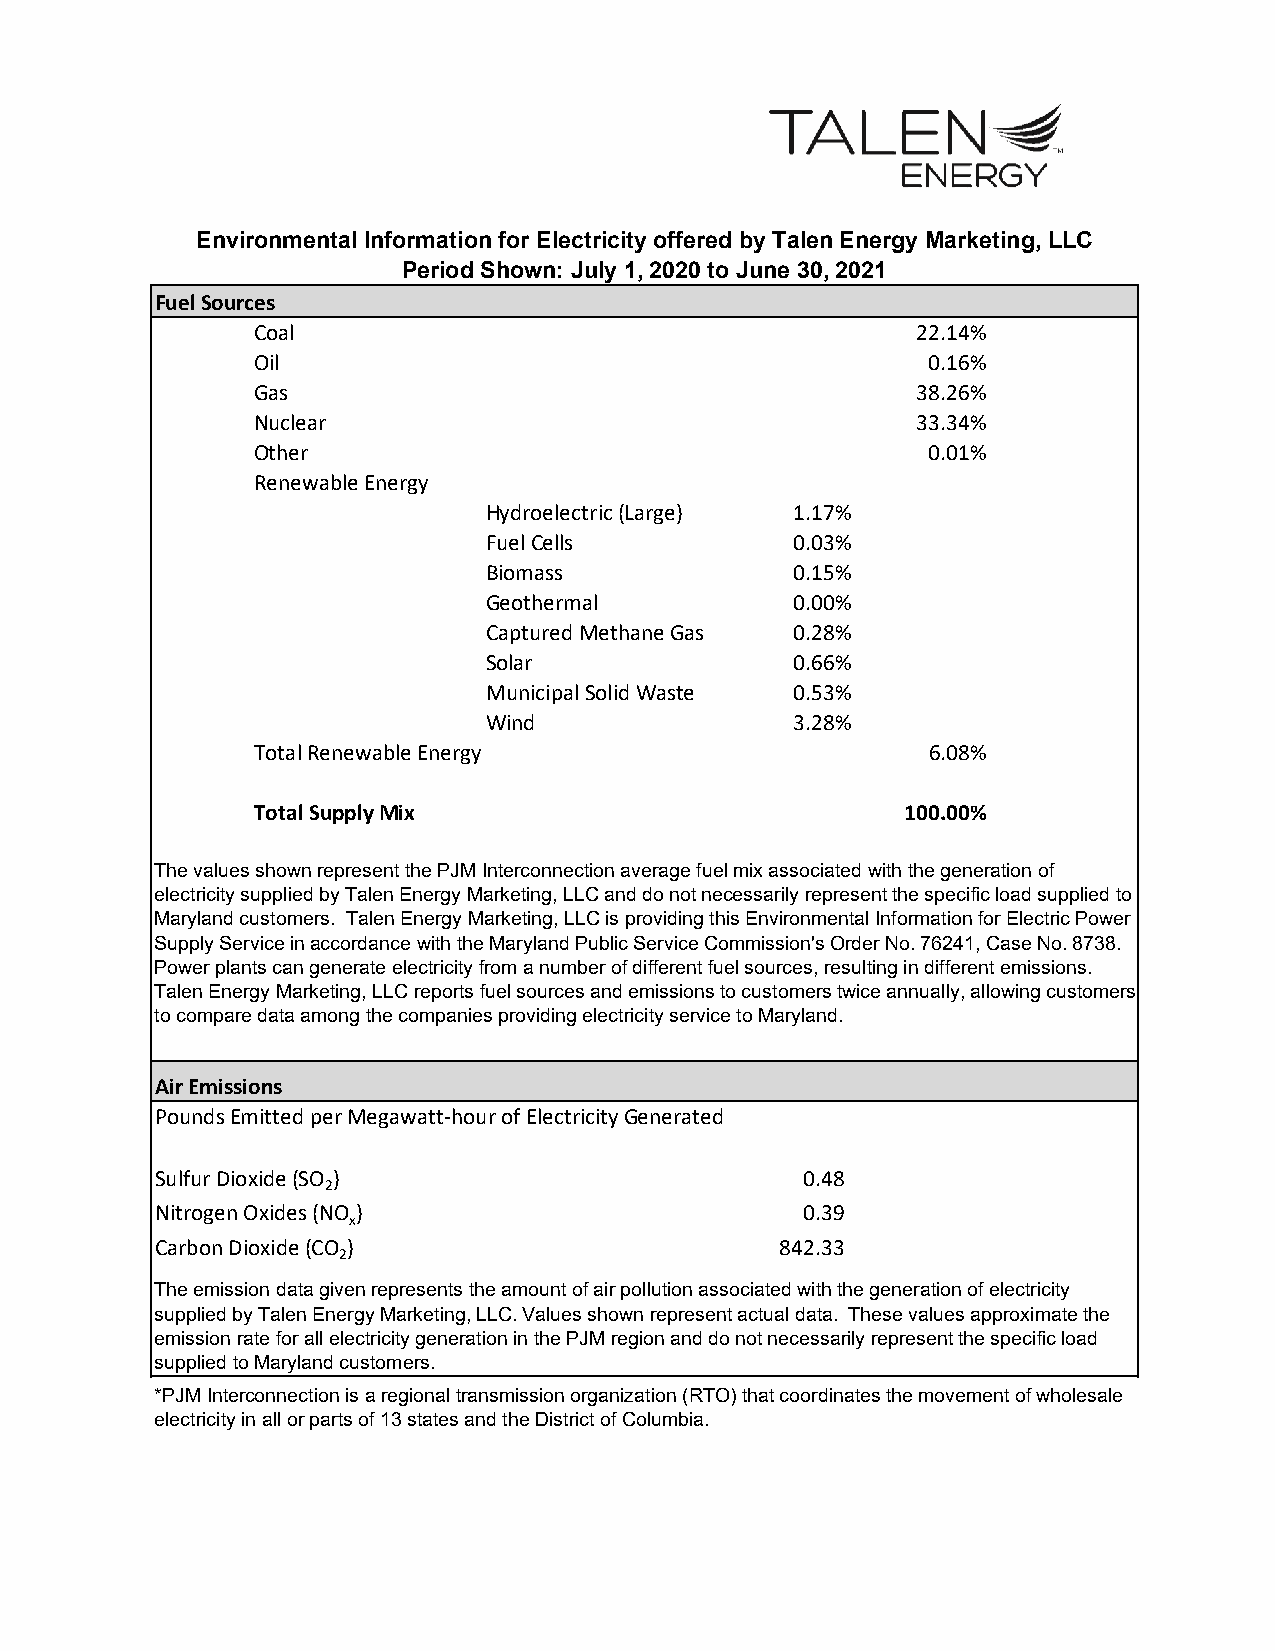
Environmental Information for Electricity offered by Talen Energy Marketing, LLC
 Period Shown: July 1, 2020 to June 30, 2021
 Fuel Sources
 Coal                                        22.14%
 Oil                                          0.16%
 Gas                                         38.26%
 Nuclear                                     33.34%
 Other                                        0.01%
 Renewable Energy
 Hydroelectric (Large) 1.17%
 Fuel Cells           0.03%
 Biomass              0.15%
 Geothermal           0.00%
 Captured Methane Gas 0.28%
 Solar                0.66%
 Municipal Solid Waste 0.53%
 Wind                 3.28%
 Total Renewable Energy                       6.08%
 Total Supply Mix                           100.00%
 The values shown represent the PJM Interconnection average fuel mix associated with the generation of
 electricity supplied by Talen Energy Marketing, LLC and do not necessarily represent the specific load supplied to
 Maryland customers. Talen Energy Marketing, LLC is providing this Environmental Information for Electric Power
 Supply Service in accordance with the Maryland Public Service Commission's Order No. 76241, Case No. 8738.
 Power plants can generate electricity from a number of different fuel sources, resulting in different emissions.
 Talen Energy Marketing, LLC reports fuel sources and emissions to customers twice annually, allowing customers
 to compare data among the companies providing electricity service to Maryland.
 Air Emissions
 Pounds Emitted per Megawatt‐hour of Electricity Generated
 Sulfur Dioxide (SO )                       0.48
 2
 Nitrogen Oxides (NO )                      0.39
 x
 Carbon Dioxide (CO )                      842.33
 2
 The emission data given represents the amount of air pollution associated with the generation of electricity
 supplied by Talen Energy Marketing, LLC. Values shown represent actual data. These values approximate the
 emission rate for all electricity generation in the PJM region and do not necessarily represent the specific load
 supplied to Maryland customers.
 *PJM Interconnection is a regional transmission organization (RTO) that coordinates the movement of wholesale
 electricity in all or parts of 13 states and the District of Columbia.